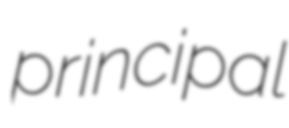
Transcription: principal